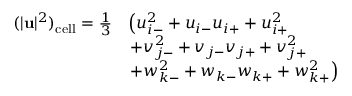
\begin{array} { r l } { ( | \mathbf { u } | ^ { 2 } ) _ { \mathrm { c e l l } } = \frac { 1 } { 3 } } & { \left( u _ { i - } ^ { 2 } + u _ { i - } u _ { i + } + u _ { i + } ^ { 2 } \right. } \\ & { \left. + v _ { j - } ^ { 2 } + v _ { j - } v _ { j + } + v _ { j + } ^ { 2 } \right. } \\ & { \left. + w _ { k - } ^ { 2 } + w _ { k - } w _ { k + } + w _ { k + } ^ { 2 } \right) } \end{array}